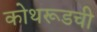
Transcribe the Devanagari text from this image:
कोथरूडची